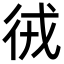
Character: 㣝